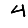
Digit: 4